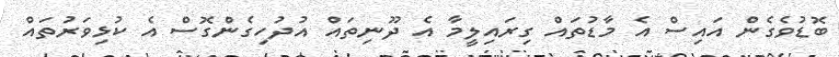
ބޮޑުވެގެން އައިސް އެ މާޑުތައް ގިރައިލީމާ އެ ދޫނިތައް އުދުހިގެންގޮސް އެ ކުޅިވަރުތައް